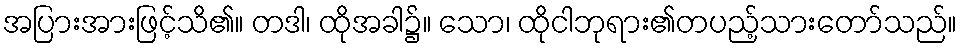
အပြားအားဖြင့်သိ၏။ တဒါ၊ ထိုအခါ၌။ သော၊ ထိုငါဘုရား၏တပည့်သားတော်သည်။